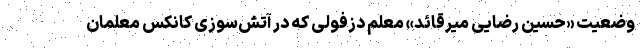
وضعیت «حسین رضایی میرقائد» معلم دزفولی که در آتش‌سوزی کانکس معلمان